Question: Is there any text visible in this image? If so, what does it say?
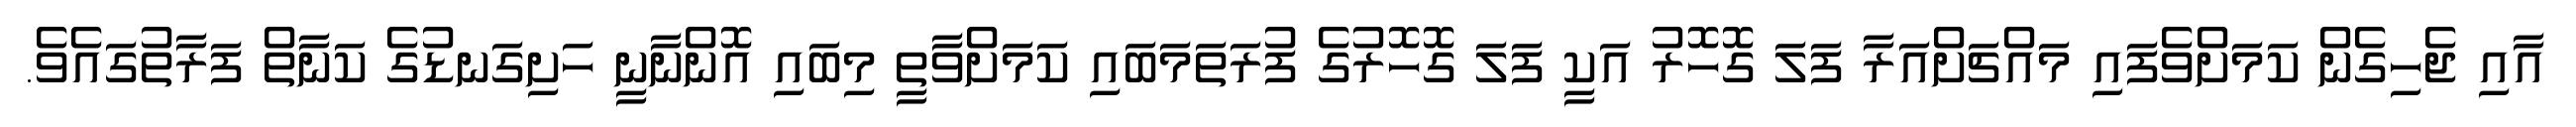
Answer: އާއި ޖެހިގެން ކަމަށްވެފައި މައްޗަށްއަރާ ފަލަ ގޮހޮރު އަކީ ފަލަ ގޮހޮރުގެ ފުރަތަމަބައި ކަމަށްވާތީ މިބައި އޮންނާނީ ހަށިގަނޑުގެ ކަނާތް ފަރާތުގައެވެ.